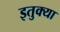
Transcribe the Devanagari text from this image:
इतुक्या